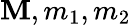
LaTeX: \mathbf{M},m_{1},m_{2}